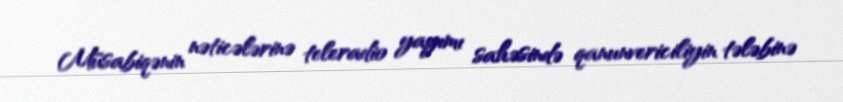
Müsabiqənin nəticələrinə teleradio yayımı sahəsində qanunvericiliyin tələbinə